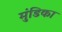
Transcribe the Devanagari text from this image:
मुंडिका